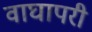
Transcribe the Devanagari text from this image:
वाघापरी